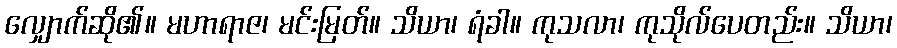
လျှောက်ဆို၏။ မဟာရာဇ၊ မင်းမြတ်။ သိယာ၊ ရံခါ။ ကုသလာ၊ ကုသိုလ်ပေတည်း။ သိယာ၊